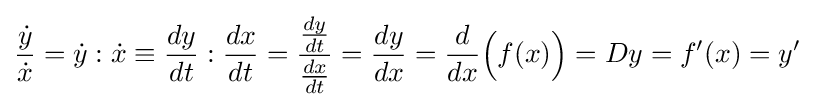
{\frac {\dot {y}}{\dot {x}}}={\dot {y}}:{\dot {x}}\equiv {\frac {dy}{dt}}:{\frac {dx}{dt}}={\frac {\frac {dy}{dt}}{\frac {dx}{dt}}}={\frac {dy}{dx}}={\frac {d}{dx}}{\Bigl (}f(x){\Bigr )}=Dy=f'(x)=y'